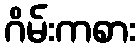
ဂိမ်းကစား